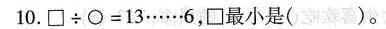
10.$$\Box {\div} \circ =13……6$$，□最小是( )。